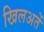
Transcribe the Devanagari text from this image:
खिलअतें